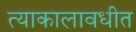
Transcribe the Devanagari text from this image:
त्याकालावधीत